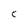
Character: C